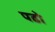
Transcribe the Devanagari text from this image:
पढो